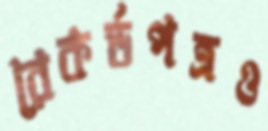
রেকর্ডপত্রও